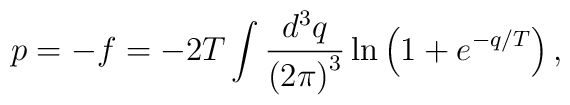
p=-f=-2T\int \frac{d^3q}{\left(2\pi\right)^3}\ln\left(1+e^{-q/T}\right),